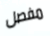
مفصل